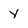
Character: y